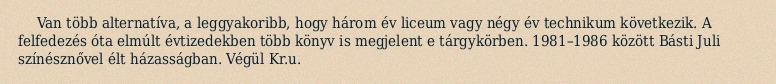
Van több alternatíva, a leggyakoribb, hogy három év liceum vagy négy év technikum következik. A felfedezés óta elmúlt évtizedekben több könyv is megjelent e tárgykörben. 1981–1986 között Básti Juli színésznővel élt házasságban. Végül Kr.u.